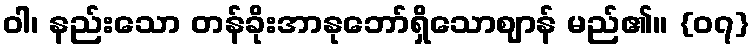
ဝါ၊ နည်းသော တန်ခိုးအာနုဘော်ရှိသောဈာန် မည်၏။ {၀၇}